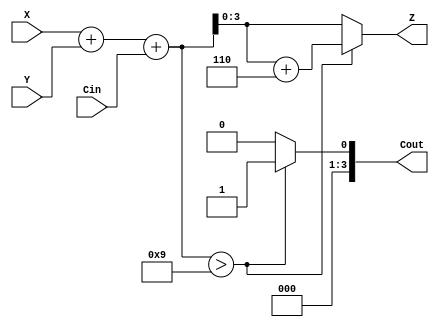
module BCD_Adder_4 (

input [3:0] X,
input [3:0] Y,
input [3:0] Cin,
output [3:0]Z,
output[3:0] Cout);

wire [4:0] S;


assign S = X[3:0] + Y[3:0] + Cin[3:0];
assign Z = (S > 9) ? S[3:0] + 6 : S[3:0];
assign Cout = (S > 9) ? 4'b0001 : 4'b0000;

endmodule